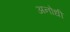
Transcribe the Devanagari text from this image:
अनोधी